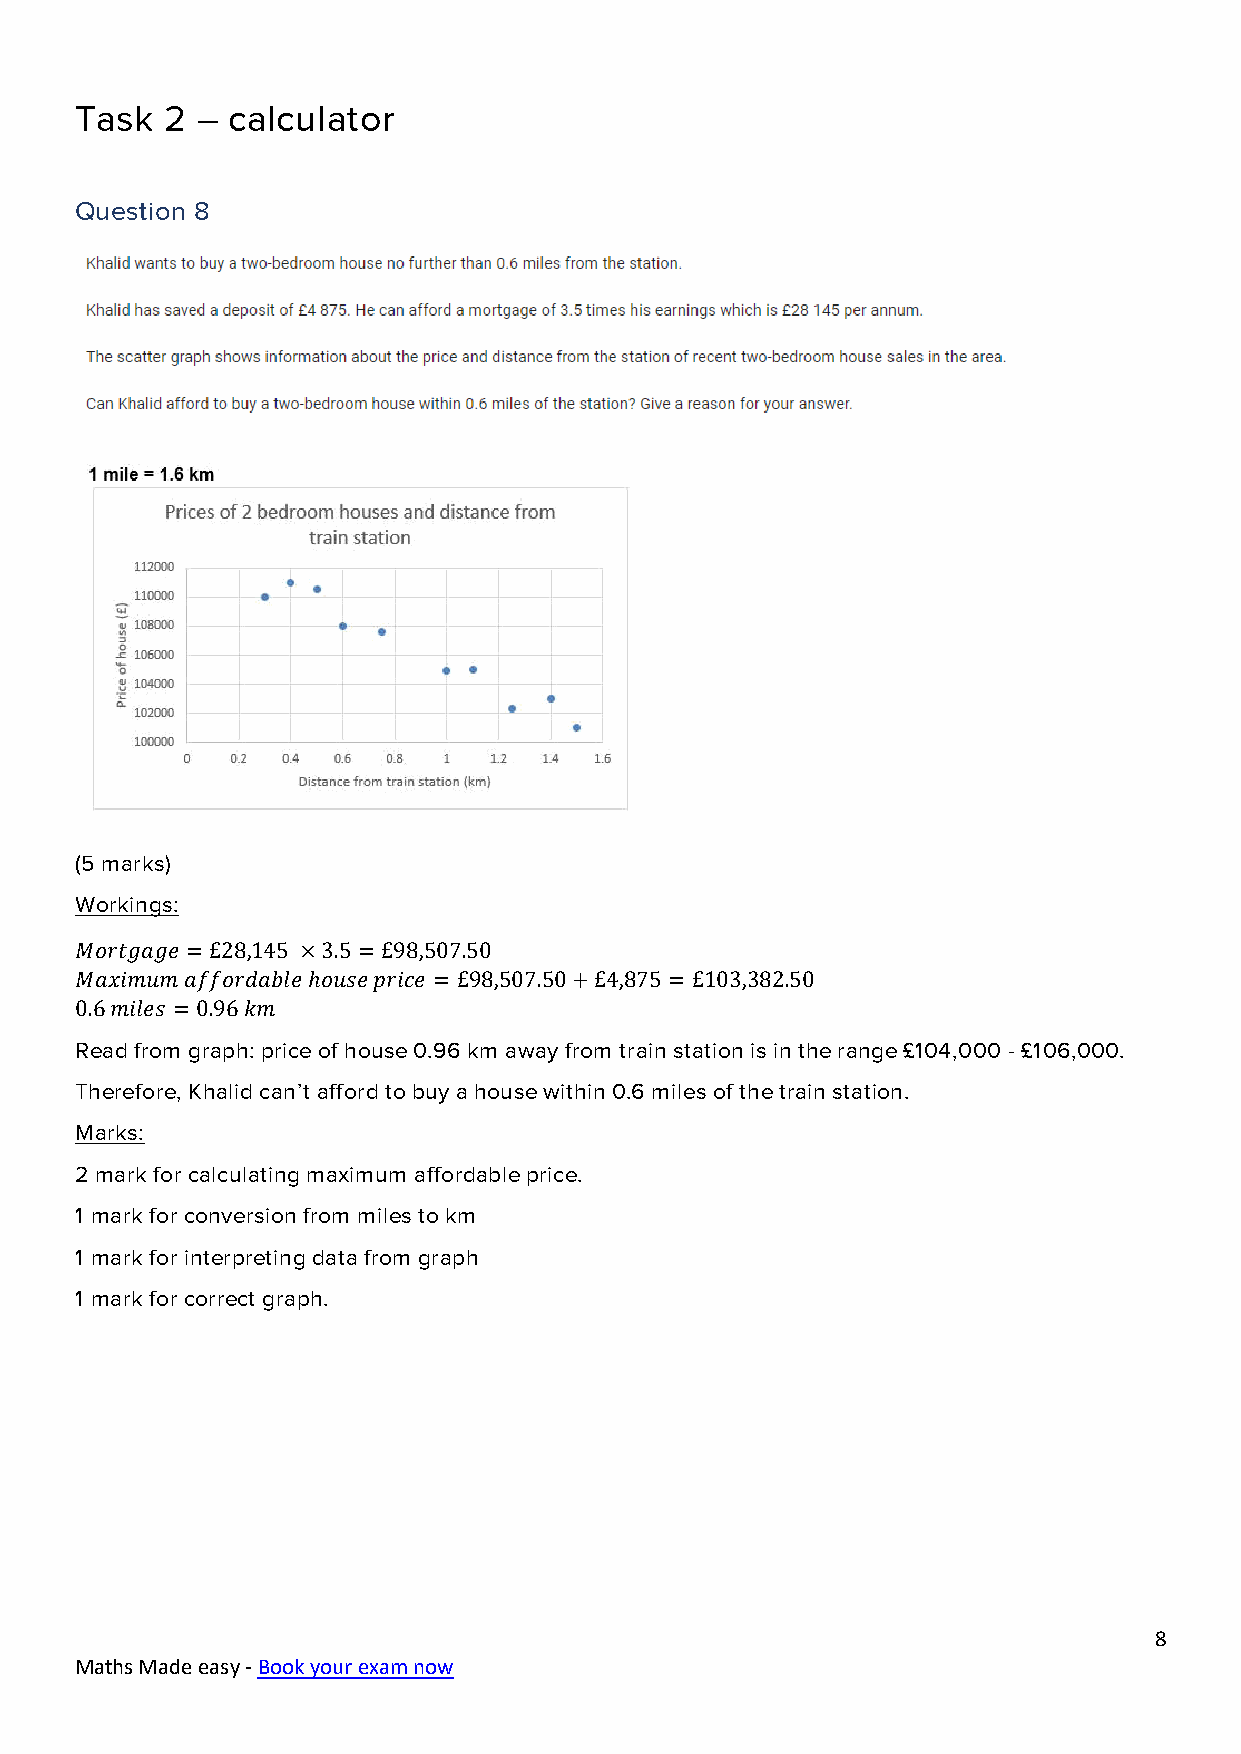
Task  2 – calculator
 Question 8
 (5 marks)
 Workings:
 𝑀𝑜𝑟𝑡𝑔𝑎𝑔𝑒 =£28,145 ×3.5 =£98,507.50
 𝑀𝑎𝑥𝑖𝑚𝑢𝑚 𝑎𝑓𝑓𝑜𝑟𝑑𝑎𝑏𝑙𝑒 ℎ𝑜𝑢𝑠𝑒 𝑝𝑟𝑖𝑐𝑒 = £98,507.50+£4,875 =£103,382.50
 0.6 𝑚𝑖𝑙𝑒𝑠 = 0.96 𝑘𝑚
 Read from graph: price of house 0.96 km away from train station is in the range £104,000 - £106,000.
 Therefore, Khalid can’t afford to buy a house within 0.6 miles of the train station.
 Marks:
 2 mark for calculating maximum affordable price.
 1 mark for conversion from miles to km
 1 mark for interpreting data from graph
 1 mark for correct graph.
 8
 Maths Made easy - Book your exam now